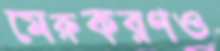
মেরুকরণও